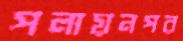
পলায়নপর